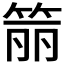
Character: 𬕄